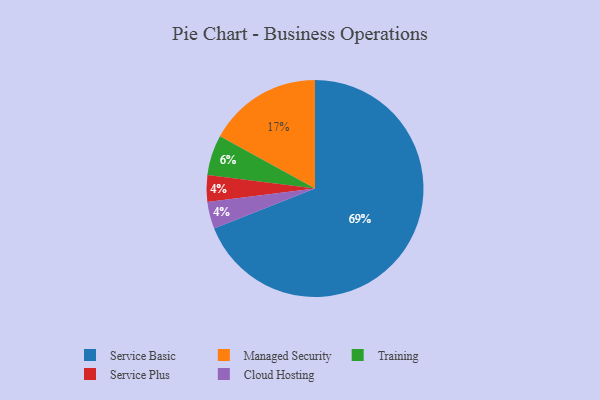
{"axis": {"x": "Category", "y": "Percentage"}, "legend": ["Cloud Hosting", "Managed Security", "Service Basic", "Service Plus", "Training"], "data": [{"x": "Service Basic", "y": 69, "type": "Service Basic"}, {"x": "Training", "y": 6, "type": "Training"}, {"x": "Service Plus", "y": 4, "type": "Service Plus"}, {"x": "Managed Security", "y": 17, "type": "Managed Security"}, {"x": "Cloud Hosting", "y": 4, "type": "Cloud Hosting"}]}